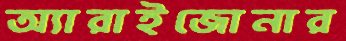
অ্যারাইজোনার